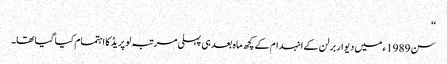
‘‘
سن 1989ء میں دیوار برلن کے انہدام کے کچھ ماہ بعد ہی پہلی مرتبہ لو پریڈ کا اہتمام کیا گیا تھا۔